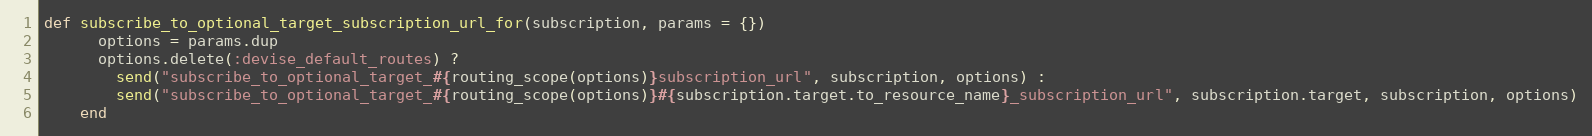
Language: Ruby
def subscribe_to_optional_target_subscription_url_for(subscription, params = {})
      options = params.dup
      options.delete(:devise_default_routes) ?
        send("subscribe_to_optional_target_#{routing_scope(options)}subscription_url", subscription, options) :
        send("subscribe_to_optional_target_#{routing_scope(options)}#{subscription.target.to_resource_name}_subscription_url", subscription.target, subscription, options)
    end